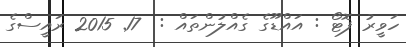
ހަވީރު ފޮޓޯ : އައްޑޫގެ ގެއްލުންތައް :  17